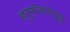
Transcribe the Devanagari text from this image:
हनुमंतारायुडु